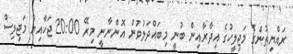
ރައްޔިތުންގެ މަޖިލީހުގެ އިދާރާއިން ބުނީ މިބައްދަލުވުން އޮންނާނީ މިރޭ 20:00 ޖަހާއިރު މަޖިލިސް